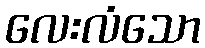
လေးလံသော